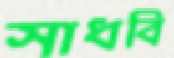
সাধবি